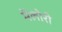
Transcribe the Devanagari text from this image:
मॅलोरी